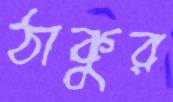
ঠাকুর